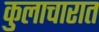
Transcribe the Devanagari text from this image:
कुलाचारात